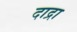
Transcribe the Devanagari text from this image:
दाद्रा